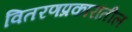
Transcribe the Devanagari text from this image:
वितरणप्रकारांतील